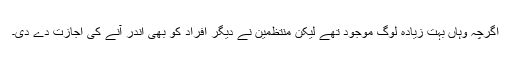
اگرچہ وہاں بہت زیادہ لوگ موجود تھے لیکن منتظمین نے دیگر افراد کو بھی اندر آنے کی اجازت دے دی۔